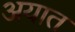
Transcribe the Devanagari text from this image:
अयात